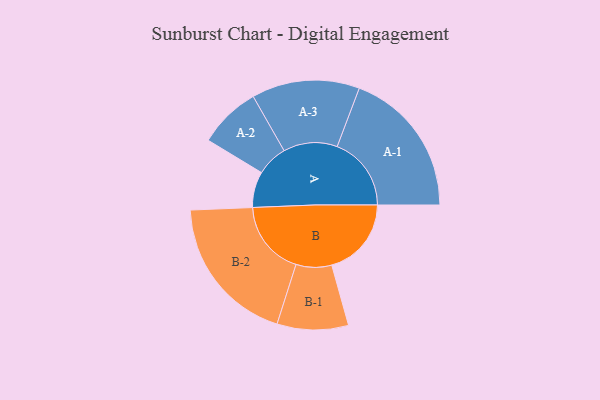
{"axis": {"x": "Segment", "y": "Value"}, "legend": ["", "A", "B"], "data": [{"x": "A", "y": 137, "type": ""}, {"x": "B", "y": 304, "type": ""}, {"x": "A-1", "y": 283, "type": "A"}, {"x": "A-2", "y": 119, "type": "A"}, {"x": "A-3", "y": 206, "type": "A"}, {"x": "B-1", "y": 136, "type": "B"}, {"x": "B-2", "y": 286, "type": "B"}]}